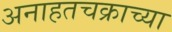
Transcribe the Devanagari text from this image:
अनाहतचक्राच्या